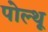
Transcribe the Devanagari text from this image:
पोल्थू